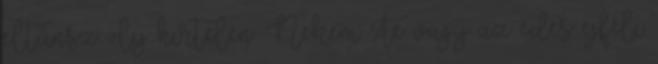
eltûnsz oly hirtelen. Nekem Te vagy az édes éjféli